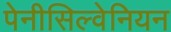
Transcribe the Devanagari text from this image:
पेनीसिल्वेनियन